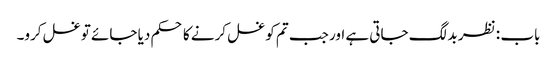
باب : نظر بد لگ جاتی ہے اور جب تم کو غسل کرنے کا حکم دیا جائے تو غسل کرو۔